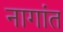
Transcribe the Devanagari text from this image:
नागांत